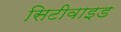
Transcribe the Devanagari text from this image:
सिटीवाइड